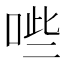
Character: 𭈐